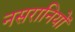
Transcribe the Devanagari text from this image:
नसरानियों